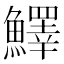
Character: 𩼓